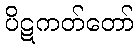
ပိဋကတ်တော်